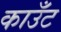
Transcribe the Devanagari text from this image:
काउँट